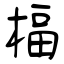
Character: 楅